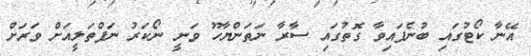
އޭނާ ކޯޓުގައި ބުނެފައިވާ ގޮތުގައި ސާރާ ނަތަންޔާހޫ ވަނީ ނޯކަރު ނަފްތަލީއަށް ވަރަށް